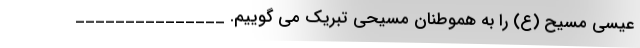
عیسی مسیح (ع) را به هموطنان مسیحی تبریک می گوییم. _______________